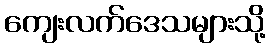
ကျေးလက်ဒေသများသို့